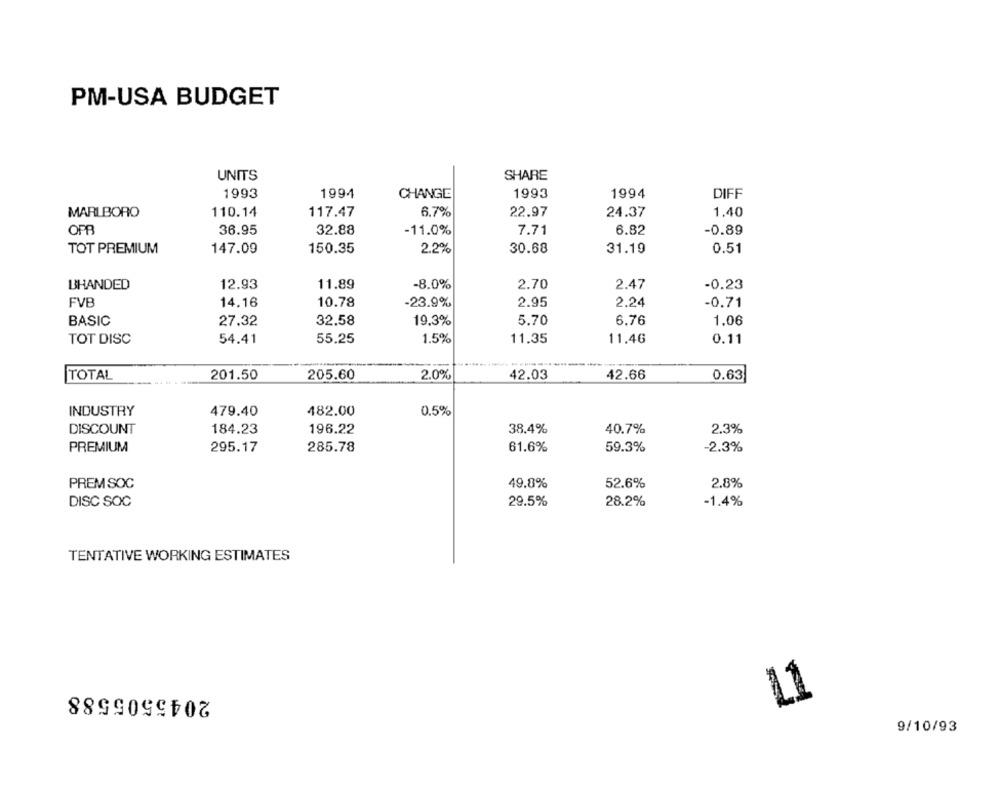
PM-USA BUDGET
UNITS
SHARE
1993
1994
CHANGE
1993
1994
DIFF
MARLBORO
110.14
117.47
6.7%
22.97
24.37
1.40
OPB
6.82
36.95
32.88
-11.0%
7.71
-0.89
TOT PREMIUM
147.09
150.35
2.2%
30.68
31.19
0.51
BHANDED
12.93
11.89
-8.0%
2.70
2.47
-0.23
FVB
14.16
10.78
-23.9%
2.95
2.24
-0.71
BASIC
27.32
32.58
19,3%
5.70
6.76
1.06
TOT DISC
54.41
55.25
1.5%
11,35
11.46
0.11
TOTAL
201.50
205.60
2.0%
42.03
42.66
0.63
INDUSTRY
0.5%
479.40
482.00
DISCOUNT
184.23
196.22
38.4%
40.7%
2.3%
PREMIUM
295.17
285.78
61.6%
59.3%
-2.3%
2.8%
PREM SOC
49.8%
52.6%
DISC SOC
29.5%
28.2%
-1.4%
TENTATIVE WORKING ESTIMATES
2045505588
L1
9/10/93